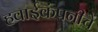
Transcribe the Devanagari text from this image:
हवाईकंपनीचे